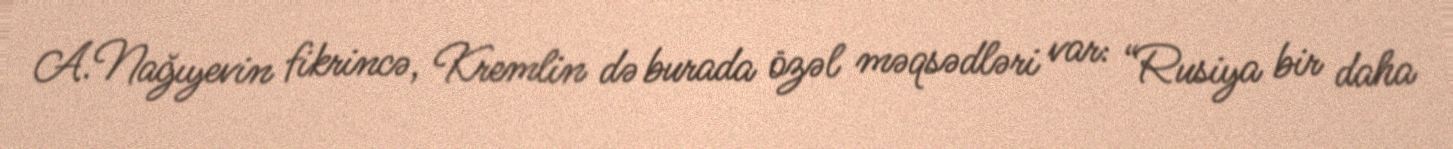
A.Nağıyevin fikrincə, Kremlin də burada özəl məqsədləri var: “Rusiya bir daha